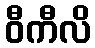
ဝီကီလိ